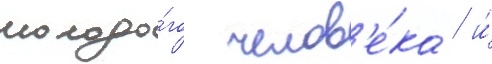
молодо́го челов'е́ка / и́